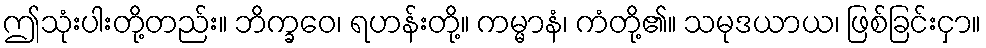
ဤသုံးပါးတို့တည်း။ ဘိက္ခဝေ၊ ရဟန်းတို့။ ကမ္မာနံ၊ ကံတို့၏။ သမုဒယာယ၊ ဖြစ်ခြင်းငှာ။